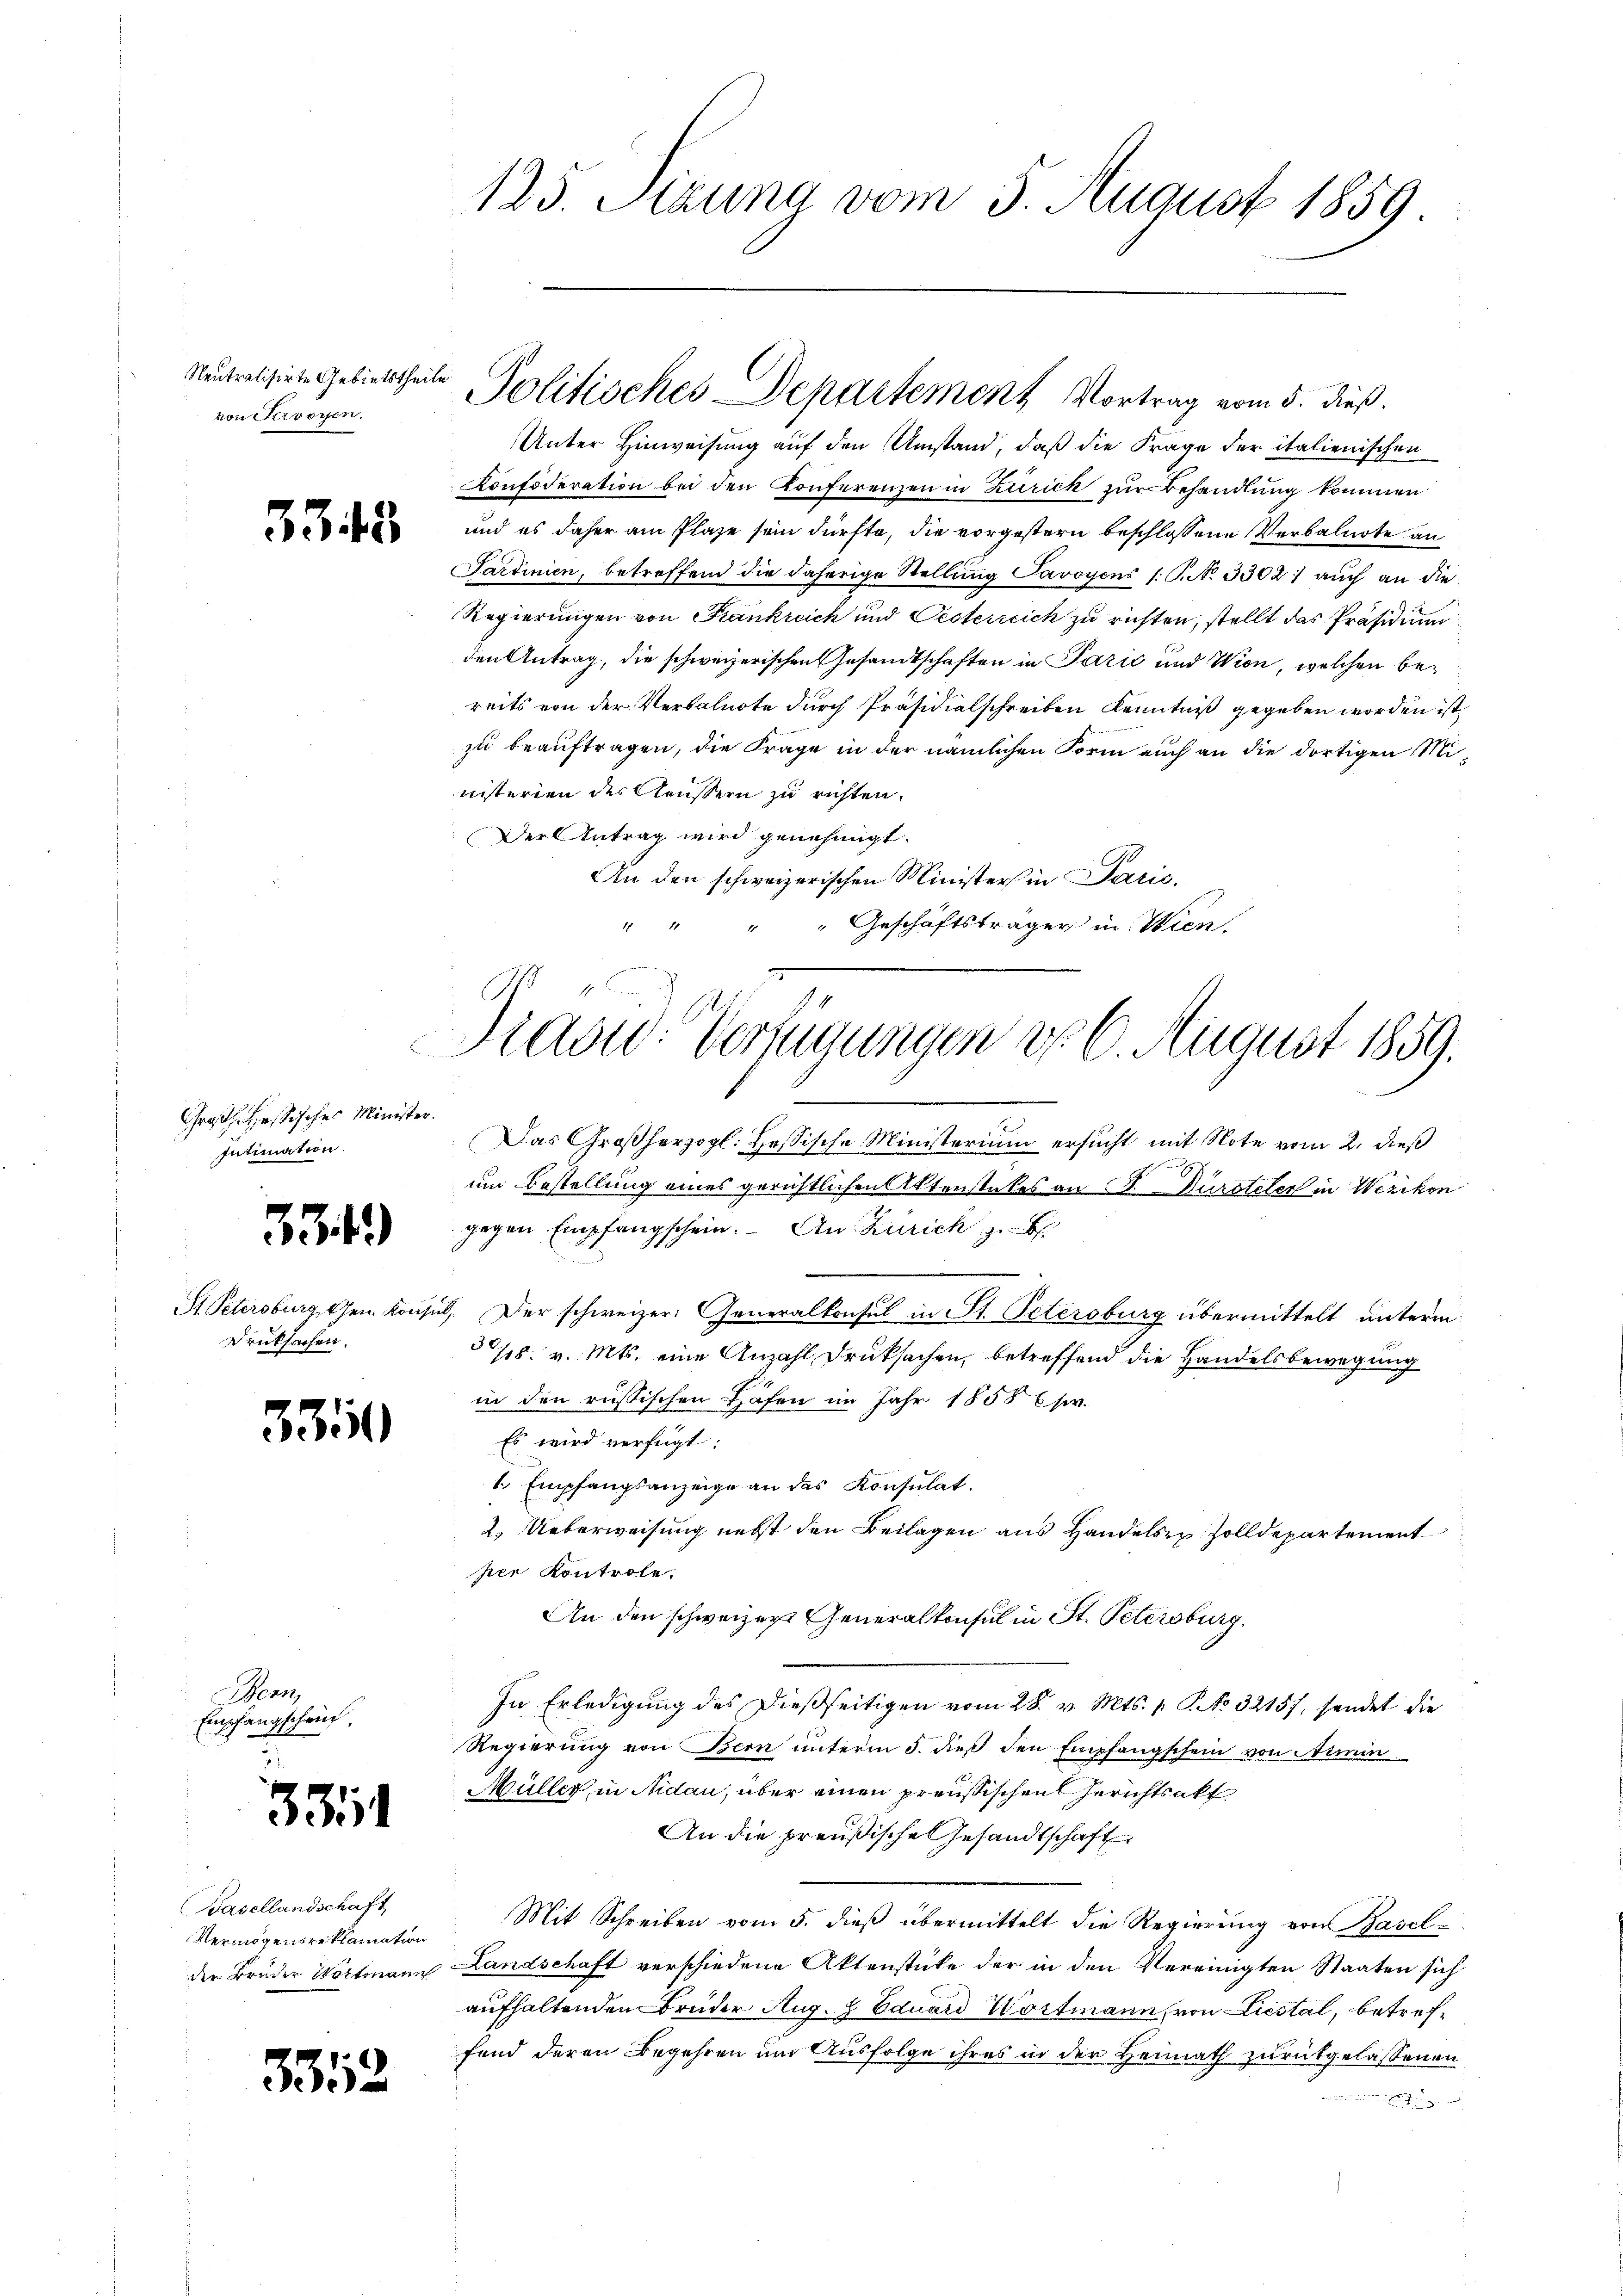
Neutralisirte Gebietstheile
von Srvoyen.

3343

Groh. Hessisches Minister.
Intimation.

334)

Druksachen.

35

Bern,
Empfangschei

33

33.

5

Basellandschaft
Vermögensreklamation

123. Sizung vom 3. August 1859.

Unter Hinweisung auf den Umstand, daß die Frage der italienischen
Konfoderation bei den Konferenzen in Zürick zur Behandlung kommen
und es daher am Plaze sein dürfte, die vorgestern beschlossene Verbalnote an
Sardinien, betreffend die daherige Stellung Savoyens (: P. No 3302) auch an die
Regierungen von Krankreich und Oesterreich zu richten, stellt das Präsidium
den Antrag, die schweizerischen Gesandtschaften in Parić und Wien, welchen bereits von der Verbalnote durch Präsidialschreiben Kenntniß gegeben worden ist,
zu beauftragen, die Frage in der nämlichen Form auch an die dortigen Ministerien der Aeussern zu richten.
Der Antrag wird genehmigt.
An den schweizerischen Ministers in Paris,
"Geschäftsträger in Wien.

Politisches Departement Vortrag vom 5. dieß.

Piaow: Verfügungen do 6. August 1859.

Das Großherzogl. Hessische Ministerium ersucht mit Note vom 2. dieß
um Bestellung eines gerichtlichen Aktenstükes an Sr. Dürsteler in Werikon
gegen Empfangschein. - An Zürich, z. B.
St. Petersburg, dem Konsul, Der schweizer: Generalkonsul in St. Petersburg übermittelt unterm
318. v. Mts. eine Anzahl Drucksachen, betreffend die Handels bewegung
in den russischen Hafen im Jahr 1858 u. s.
Es wird verfügt:
1. Empfangsanzeige an das Konsulat.
2. Ueberweisung nebst den Beilagen aus Handels Zolldepartement
per Kontrole.
An den schweizer Generalkonsul in St. Petersburg.
In Erledigung des dießseitigen vom 28. v. Mts. 1. P. No 32157, sendet die
Regierung von Bern unterm 5. dieß den Empfangschein von Aemin
Müller, in Nidau, über einen preußischen Gerichtsakt
An die preußische Gesandtschaft
Mit Schreiben vom 5. dieß übermittelt die Regierung von Basel-
der Bruder Woltmann Landschaft verschiedene Aktenstücke der in den Vereinigten Staaten sich
aufhaltenden Bruder Aug. 8 Eduard Wortmann, von Liestal, betreffend deren Begehren um Ausfolge ihres in der Heimath zurükgelassenen
anien und den Erleihung und